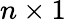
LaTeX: n\times 1